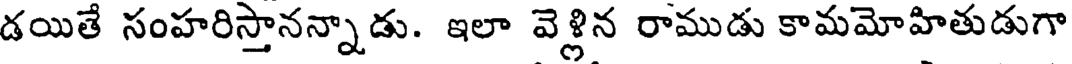
డయితే సంహరిస్తానన్నాడు. ఇలా వెళ్లిన రాముడు కామమోహితుడుగా